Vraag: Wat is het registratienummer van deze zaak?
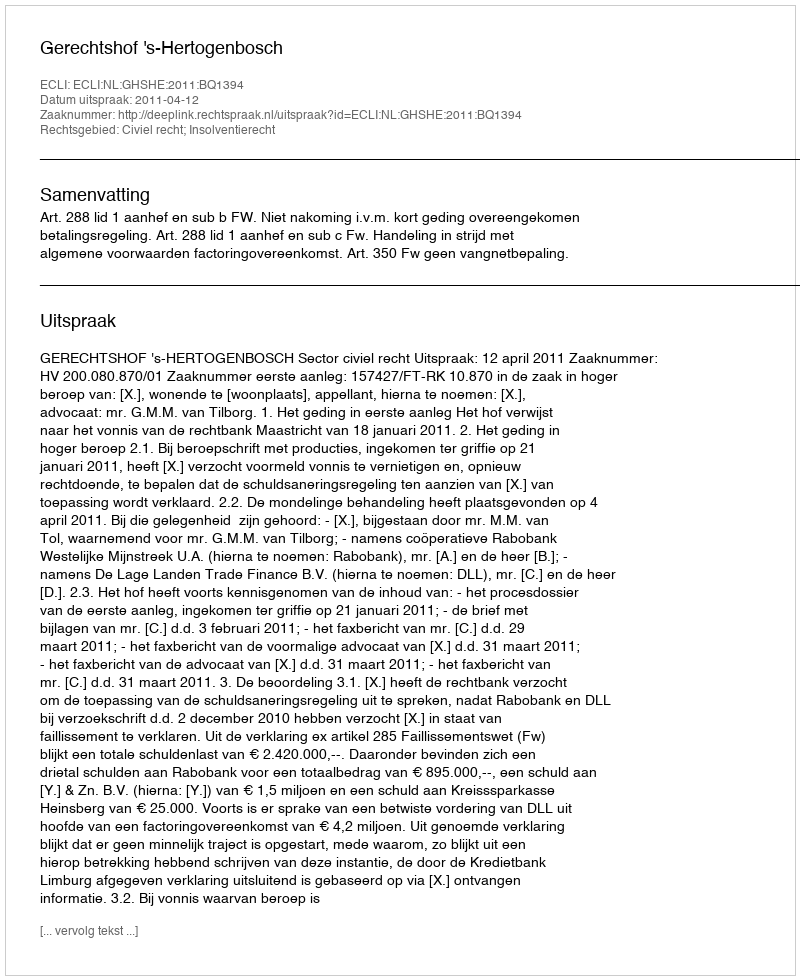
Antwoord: http://deeplink.rechtspraak.nl/uitspraak?id=ECLI:NL:GHSHE:2011:BQ1394